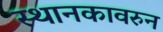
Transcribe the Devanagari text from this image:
स्थानकावरुन